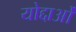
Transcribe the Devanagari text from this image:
योद्दाओं